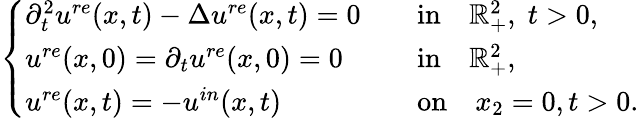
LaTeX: \begin{array}{r}{\left\{ \begin{array}{lll}{\partial_{t}^{2}u^{re}(x,t)-\Delta u^{re}(x,t)=0}&&{\mathrm{in}\quad{\mathbb R}_{+}^{2},\; t>0,}\\ {u^{re}(x,0)=\partial_{t}u^{re}(x,0)=0}&&{\mathrm{in}\quad{\mathbb R}_{+}^{2},}\\ {u^{re}(x,t)=-u^{in}(x,t)}&&{\mathrm{on}\quad x_{2}=0,t>0.}\end{array}\right.}\end{array}